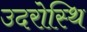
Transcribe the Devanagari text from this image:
उदरोस्थि